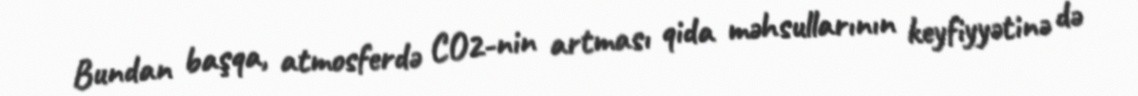
Bundan başqa, atmosferdə CO2-nin artması qida məhsullarının keyfiyyətinə də